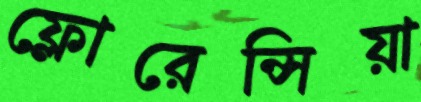
ফ্লোরেন্সিয়া